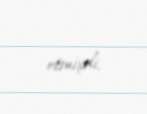
etmişdi.